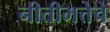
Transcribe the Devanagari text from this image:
नीतीमत्तेचे